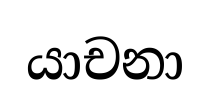
යාචනා